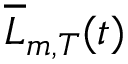
{ \overline { { L } } _ { m , T } } ( t )